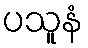
ပသူနံ